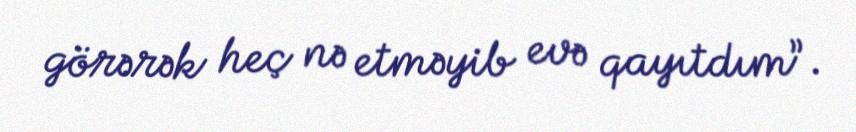
görərək heç nə etməyib evə qayıtdım”.